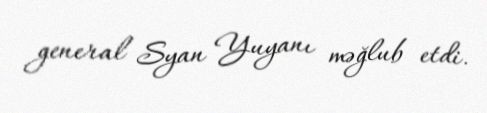
general Syan Yuyanı məğlub etdi.